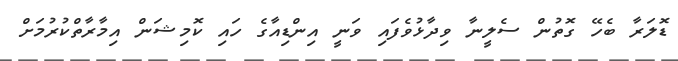
ޑޮލަރާ ބެހޭ ގޮތުން ސެލީނާ ވިދާޅުވެފައި ވަނީ އިންޑިއާގެ ހައި ކޮމިޝަން އިމާރާތްކުރުމަށް